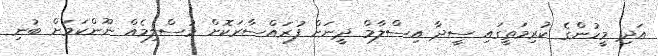
އަދި މީހުންގެ ކުރިމަތީގައި ސީދާ އިސްލާމް ދީނަށް ފުރައްސާރަކޮށް މުސްލިމެއް ނޫންކަމަށް ބުނި